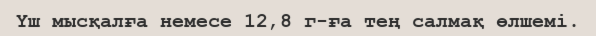
Үш мысқалға немесе 12‚8 г-ға тең салмақ өлшемі.